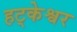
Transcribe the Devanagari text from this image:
हट्केश्वर